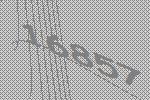
16857